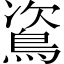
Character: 䳐